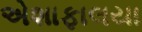
એશાફાલયા